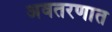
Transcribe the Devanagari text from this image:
अवतरणात